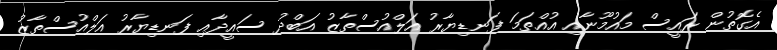
އެގޮތުން ރައީސް މައުމޫނާއި އުއްތަމަ ފަނޑިޔާރު އަލްއުސްތާޒު އަބްދު ސައީދާއި ފަނޑިޔާރު އަލްއުސްތާޒު